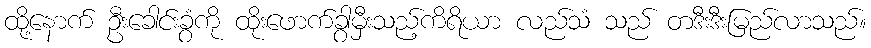
ထို့နောက် ဦးခေါင်းခွံကို ထိုးဖောက်ခွာမှီးသည့်ကိရိယာ လည်သံ သည် တဒီးဒီးမြည်လာသည်။